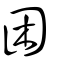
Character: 困